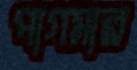
পাগমার